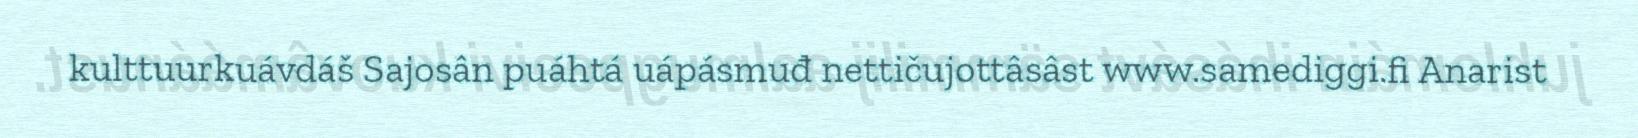
kulttuurkuávdáš Sajosân puáhtá uápásmuđ nettičujottâsâst www.samediggi.fi Anarist